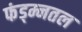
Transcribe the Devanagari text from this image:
फंड्म्नतल